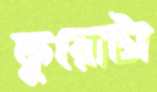
কুয়োটা